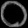
Digit: ၀